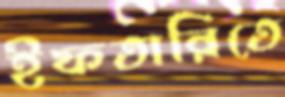
ইফতারিতে